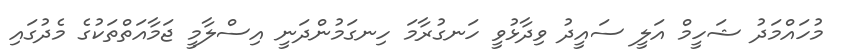
މުހައްމަދު ޝަހީމް އަލީ ސައީދު ވިދާޅުވީ ހަނގުރާމަ ހިނގަމުންދަނީ އިސްލާމީ ޖަމާއަތްތަކުގެ މެދުގައި